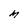
Character: M